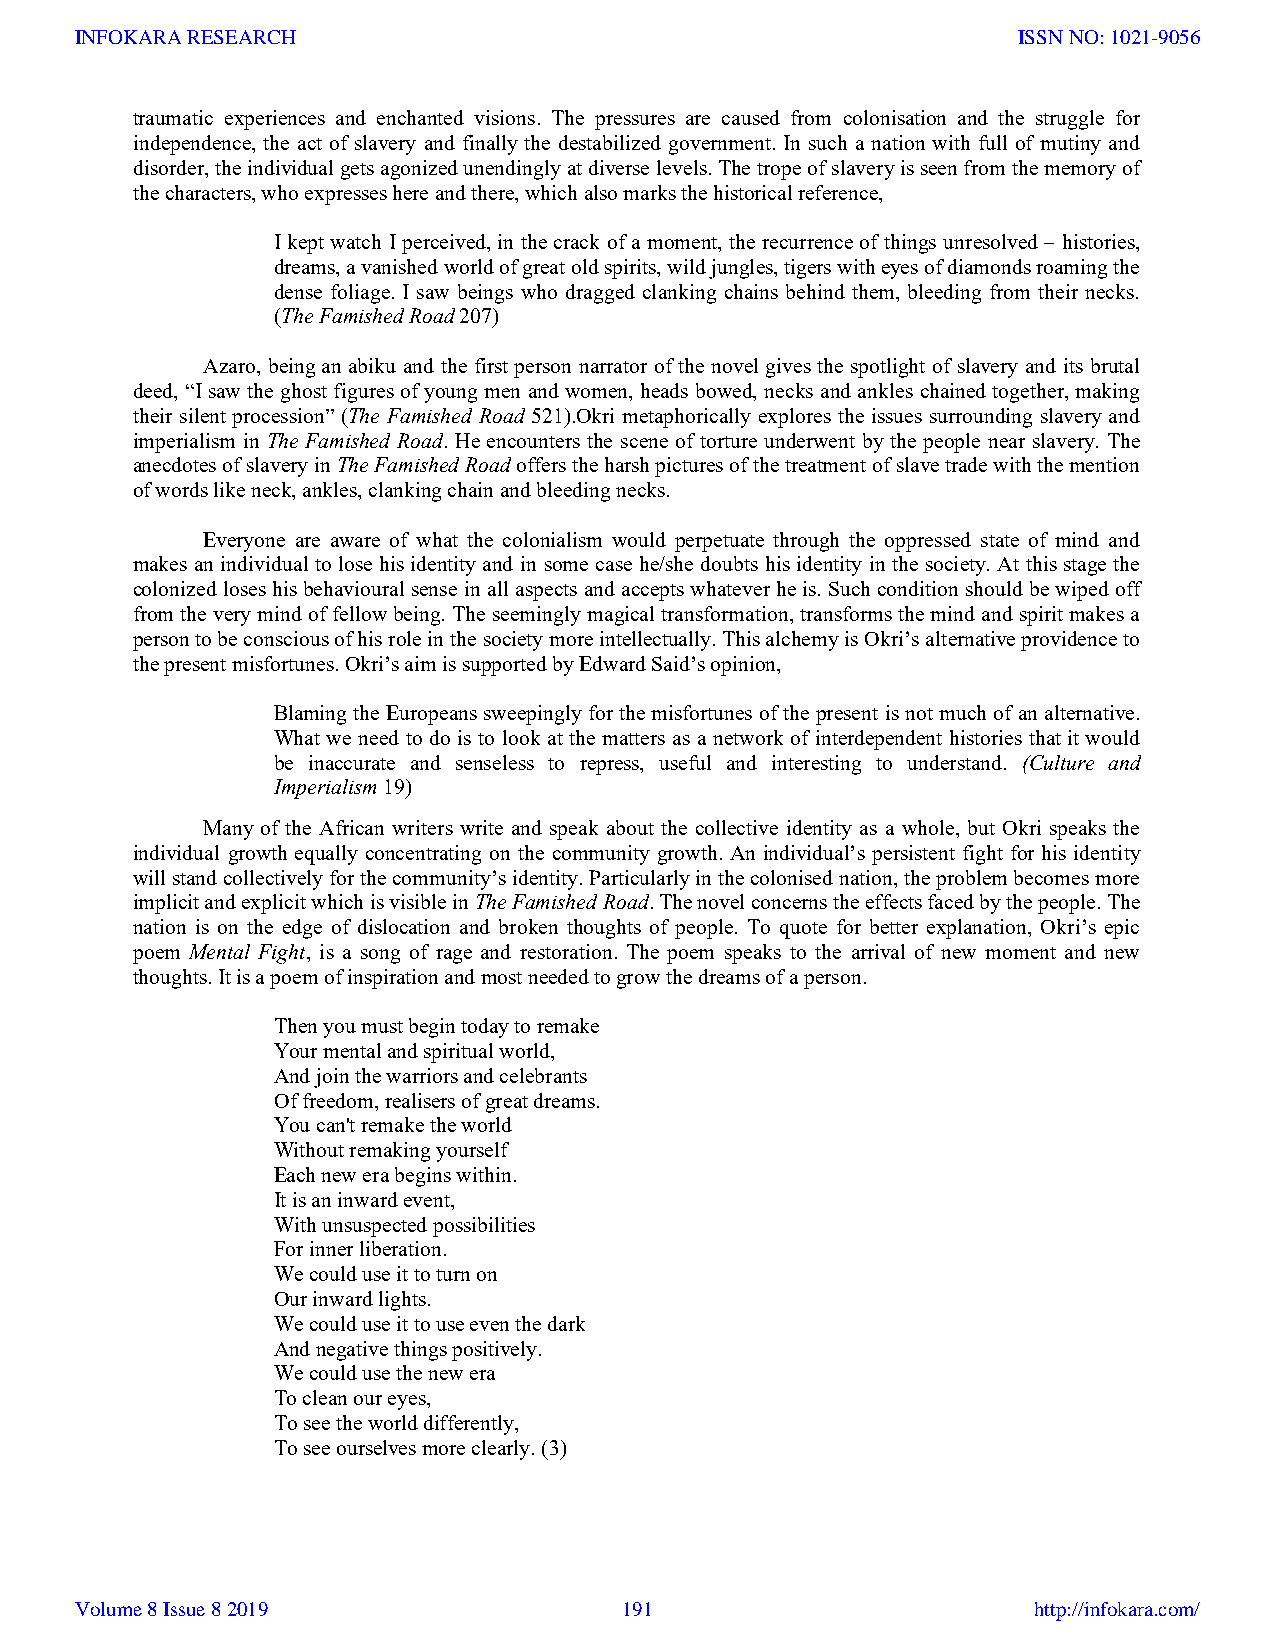
INFOKARA RESEARCH                                             ISSN NO: 1021-9056
 traumatic experiences and enchanted visions. The pressures are caused from colonisation and the struggle for
 independence, the act of slavery and finally the destabilized government. In such a nation with full of mutiny and
 disorder, the individual gets agonized unendingly at diverse levels. The trope of slavery is seen from the memory of
 the characters, who expresses here and there, which also marks the historical reference,
 I kept watch I perceived, in the crack of a moment, the recurrence of things unresolved – histories,
 dreams, a vanished world of great old spirits, wild jungles, tigers with eyes of diamonds roaming the
 dense foliage. I saw beings who dragged clanking chains behind them, bleeding from their necks.
 (The Famished Road 207)
 Azaro, being an abiku and the first person narrator of the novel gives the spotlight of slavery and its brutal
 deed, “I saw the ghost figures of young men and women, heads bowed, necks and ankles chained together, making
 their silent procession” (The Famished Road 521).Okri metaphorically explores the issues surrounding slavery and
 imperialism in The Famished Road. He encounters the scene of torture underwent by the people near slavery. The
 anecdotes of slavery in The Famished Road offers the harsh pictures of the treatment of slave trade with the mention
 of words like neck, ankles, clanking chain and bleeding necks.
 Everyone are aware of what the colonialism would perpetuate through the oppressed state of mind and
 makes an individual to lose his identity and in some case he/she doubts his identity in the society. At this stage the
 colonized loses his behavioural sense in all aspects and accepts whatever he is. Such condition should be wiped off
 from the very mind of fellow being. The seemingly magical transformation, transforms the mind and spirit makes a
 person to be conscious of his role in the society more intellectually. This alchemy is Okri’s alternative providence to
 the present misfortunes. Okri’s aim is supported by Edward Said’s opinion,
 Blaming the Europeans sweepingly for the misfortunes of the present is not much of an alternative.
 What we need to do is to look at the matters as a network of interdependent histories that it would
 be inaccurate and senseless to repress, useful and interesting to understand. (Culture and
 Imperialism 19)
 Many of the African writers write and speak about the collective identity as a whole, but Okri speaks the
 individual growth equally concentrating on the community growth. An individual’s persistent fight for his identity
 will stand collectively for the community’s identity. Particularly in the colonised nation, the problem becomes more
 implicit and explicit which is visible in The Famished Road. The novel concerns the effects faced by the people. The
 nation is on the edge of dislocation and broken thoughts of people. To quote for better explanation, Okri’s epic
 poem Mental Fight, is a song of rage and restoration. The poem speaks to the arrival of new moment and new
 thoughts. It is a poem of inspiration and most needed to grow the dreams of a person.
 Then you must begin today to remake
 Your mental and spiritual world,
 And join the warriors and celebrants
 Of freedom, realisers of great dreams.
 You can't remake the world
 Without remaking yourself
 Each new era begins within.
 It is an inward event,
 With unsuspected possibilities
 For inner liberation.
 We could use it to turn on
 Our inward lights.
 We could use it to use even the dark
 And negative things positively.
 We could use the new era
 To clean our eyes,
 To see the world differently,
 To see ourselves more clearly. (3)
 Volume 8 Issue 8 2019               191                        http://infokara.com/